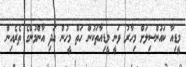
މީޑިއާ ކައުންސިލަށް މިހާރު ވަނީ މީޑިއާތަކުން ހަތް މީހުން އަދި އާންމުންގެ ތެރެއިން